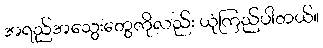
အရည်အသွေးတွေကိုလည်း ယုံကြည်ပါတယ်။